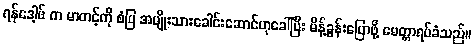
ရန်ဒေါ့ဖ် က မာတင့်ကို စံပြ အမျိုးသားခေါင်းဆောင်ဟုခေါ်ပြီး မိန့်ခွန်းပြောဖို့ မေတ္တာရပ်ခံသည်။